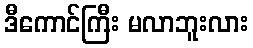
ဒီကောင်ကြီး မလာဘူးလား